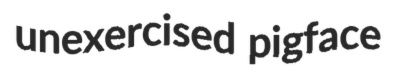
unexercised pigface